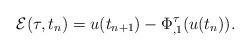
LaTeX: \begin{align*} \mathcal{E}(\tau, t_{n})= u(t_{n+1}) - \Phi^\tau_{, 1}(u(t_{n})). \end{align*}